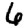
Digit: 6